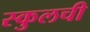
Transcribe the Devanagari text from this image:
स्कुलची